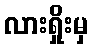
လားရှိုးမှ